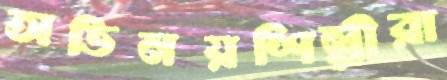
অভিনয়শিল্পীরা